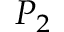
P _ { 2 }